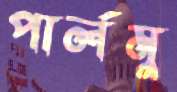
পার্লমু